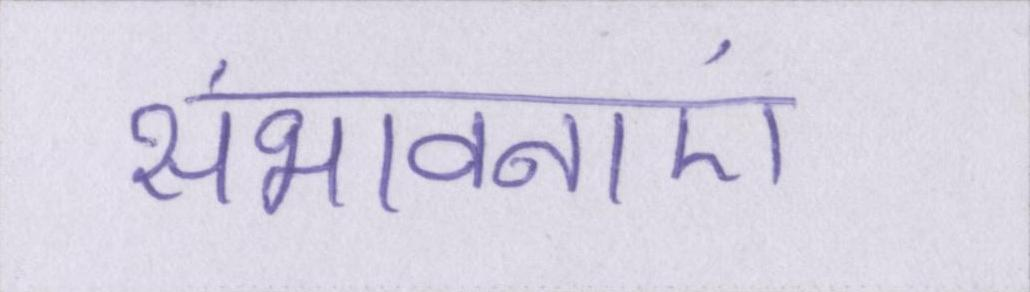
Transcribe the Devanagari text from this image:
संभावनाएं